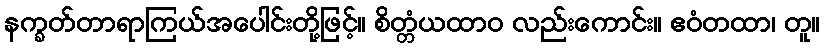
နက္ခတ်တာရာကြယ်အပေါင်းတို့ဖြင့်။ စိတ္တံယထာဝ လည်းကောင်း။ ဧဝံတထာ၊ တူ။